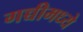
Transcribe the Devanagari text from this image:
गच्चीमध्ये